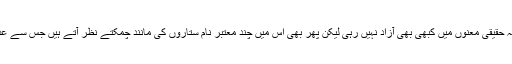
یہ سچ ہے کہ پاکستان میں عدلیہ حقیقی معنوں میں کبھی بھی آزاد نہیں رہی لیکن پھر بھی اس میں چند معتبر نام ستاروں کی مانند چمکتے نظر آتے ہیں جس سے عدلیہ کی ساکھ اور وقار قائم رہا۔